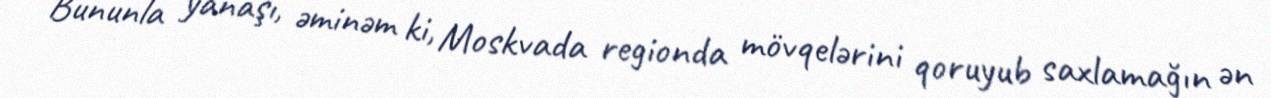
Bununla yanaşı, əminəm ki, Moskvada regionda mövqelərini qoruyub saxlamağın ən